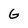
Character: G